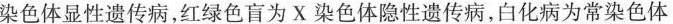
染色体显性遗传病，红绿色盲为X染色体